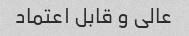
عالی و قابل اعتماد